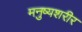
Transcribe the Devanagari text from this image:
मनुष्यशरीर